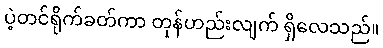
ပဲ့တင်ရိုက်ခတ်ကာ တုန်ဟည်းလျက် ရှိလေသည်။